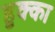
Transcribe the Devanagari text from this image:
हुक्‍का